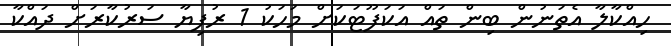
ހިއްކާލާ އެތަނުން ބިން ތައް އަކަފޫޓަކަށް މަހަކު 1 ރުފިޔާ ސަރުކާރަށް ދައްކާ